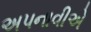
અપનાવીએ